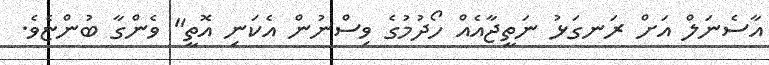
އާސެނަލް އަށް ރަނގަޅު ނަތީޖާއެއް ހޯދުމުގެ ވިސްނުން އެކަނި އޮތީ" ވެންގާ ބުންޏެވެ.